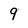
Character: 9